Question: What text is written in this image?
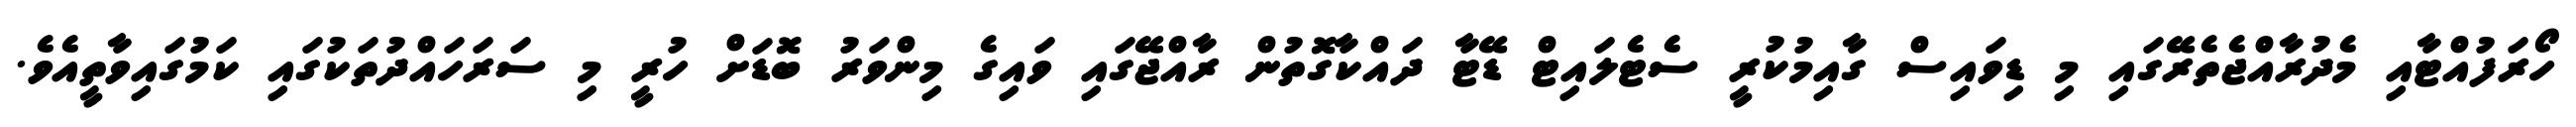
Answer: ހޯރަފުއްޓާއި މެދުރާއްޖެތެރޭގައި މި ޑިވައިސް ގާއިމުކުރީ ސެޓެލައިޓް ޑޭޓާ ދައްކާގޮތުން ރާއްޖޭގައި ވައިގެ މިންވަރު ބޮޑަށް ހުރީ މި ސަރަހައްދުތަކުގައި ކަމުގައިވާތީއެވެ.